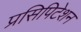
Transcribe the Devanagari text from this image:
प्रसिपिटेशन